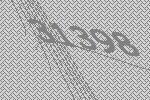
31398